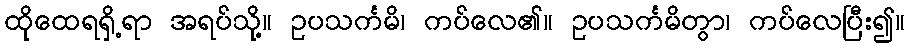
ထိုထေရရှိ့ရာ အရပ်သို့။ ဥပသင်္ကမိ၊ ကပ်လေ၏။ ဥပသင်္ကမိတွာ၊ ကပ်လေပြီး၍။